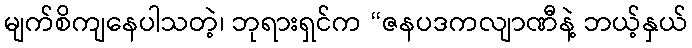
မျက်စိကျနေပါသတဲ့၊ ဘုရားရှင်က “ဇနပဒကလျာဏီနဲ့ ဘယ့်နှယ်